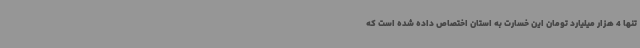
تنها 4 هزار میلیارد تومان این خسارت به استان اختصاص داده شده است که